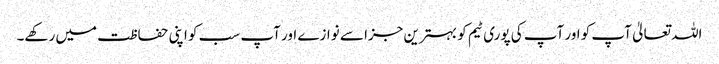
اللہ تعالیٰ آپ کو اور آپ کی پوری ٹیم کو بہترین جزا سے نوازے اور آپ سب کو اپنی حفاظت میں رکھے۔